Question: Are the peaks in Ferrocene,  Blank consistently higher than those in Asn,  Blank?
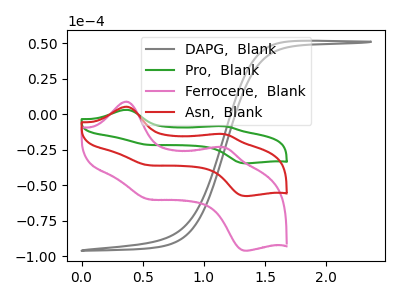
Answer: <think>The gray curve "DAPG,  Blank" has no peaks. The green curve "Pro,  Blank" has anodic peaks at (0.35V, 10.75uA) (1.15V, -27.50uA) and cathodic peaks at (0.50V, -70.40uA) (1.35V, -114.85uA). The pink curve "Ferrocene,  Blank" has anodic peaks at (0.35V, 8.95uA) (1.15V, -22.95uA) and cathodic peaks at (0.50V, -58.75uA) (1.35V, -95.85uA). The red curve "Asn,  Blank" has anodic peaks at (0.35V, 5.40uA) (1.15V, -13.75uA) and cathodic peaks at (0.50V, -35.20uA) (1.35V, -57.45uA).</think>
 <answer>The peaks in "Ferrocene,  Blank" are neither all higher or all lower than the peaks in "Asn,  Blank".</answer>
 <eval>mixed</eval>